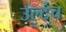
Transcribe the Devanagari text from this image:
उल्टंच